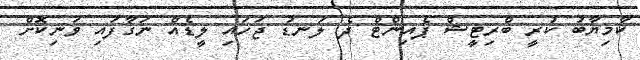
ކާމިޔާބު ކުރީ ބްރިޓީޝް ޕެއިންޓް ދެ ލަނޑު ޖަހައި ލީޑެއް ނަގާފައި ވަނިކޮށް